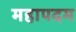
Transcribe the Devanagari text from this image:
महापदम